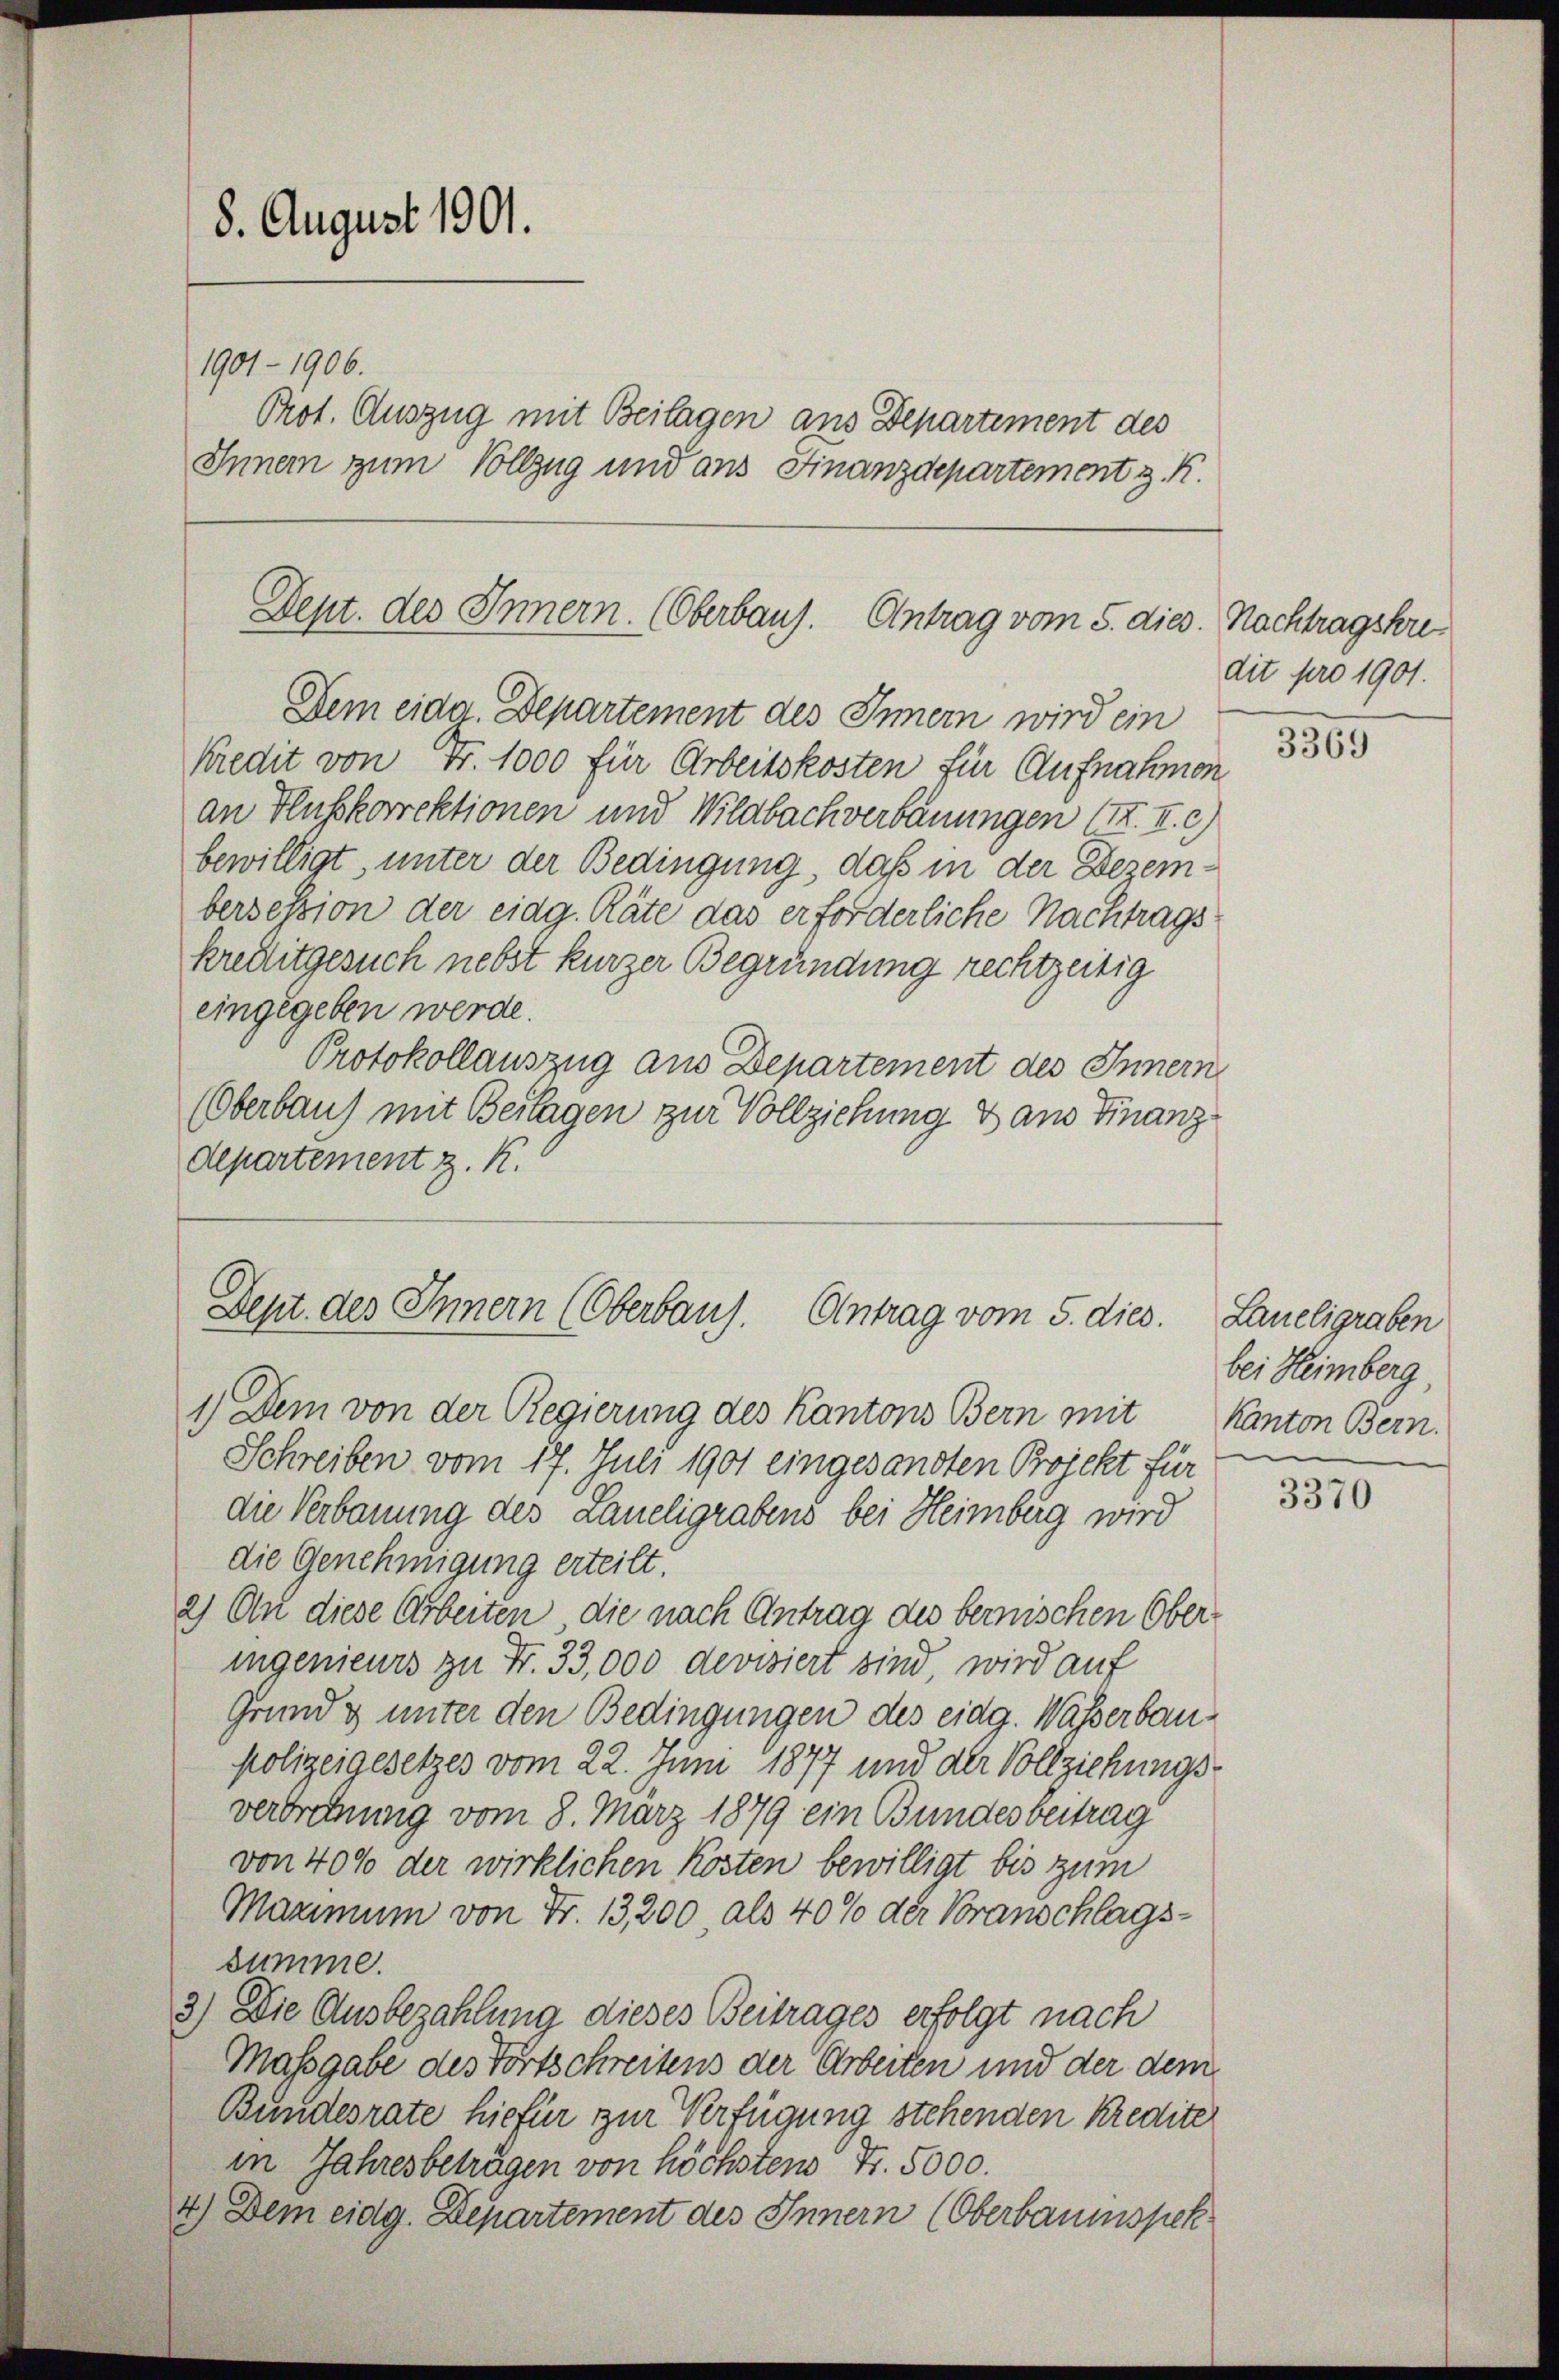
8. August 1901.
1901 - 1906.
Prot. Auszug mit Beilagen aus Departement des
Innem zum Vollzug und aus Finanzdepartement z. R.

kredit von Fr. 1000 für Arbeitskosten für Aufnahmen
an Flusskorrektionen und Wildbach verbauungen 177. II. c)
bewilligt, unter der Bedingung, daß in der Dezembersession der eidg. Räte das erforderliche Nachtrags
kreditgesuch nebst kurzer Begründung rechtzeitig
eingegeben werde.
Protokollauszug aus Departement des Innern
(Oberbau) mit Beilagen zur Vollziehung dans Finanzdepartement z. K.

Dept. des Innern. (Oberbaug. Antrag vom 5. dies. Nachtragskre¬
Dem eidg. Departement des Innern wird ein

Dept des Innern (Oberbaus. Antrag vom 5. dies.
1) Dem von der Regierung des Kantons Bern mit Kanton Bern.

Schreiben vom 17. Juli 1901 eingesandten Projekt für
die Verbauung des Laueligrabens bei Heimburg wird
die Genehmigung erteilt.
2) An diese Arbeiten, die nach Antrag des berischen Oberingenieurs zu Fr. 33,000 devisiert sind, wird auf
Grund & unter den Bedingungen des eidg. Wasserbaupolizeigesetzes vom 22. Juni 1877 und der Vollziehungsverbrechnung vom 8. März 1879 ein Bundesbeitrag
von 40% der wirklichen Kösten bewilligt bis zum
Maximum von Fr. 13,200 als 40% der Voranschlagssumme.
3) Die Ausbezahlung dieses Beitrages erfolgt nach
Massgabe des Fortschreitens der Arbeiten und der dem
Bundesrate hiefür zur Verfügung stehenden Kredite
in Jahresbeträgen von höchsten Fr. 5000.
4.) Dem eidg. Departement des Innern (Oberbaumspek

dit pro 1901.

3369

Laueligraben
bei Heimberg,

3370